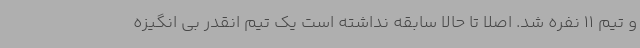
و تیم 11 نفره شد. اصلا تا حالا سابقه نداشته است یک تیم انقدر بی انگیزه